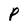
Character: P